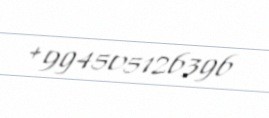
+994505126396